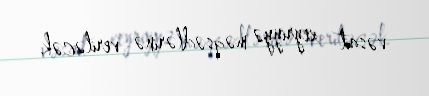
vəsait xeyriyyə məqsədlərinə veriləcək.